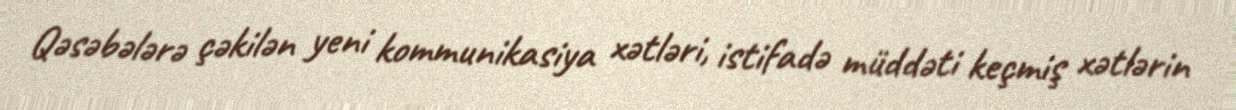
Qəsəbələrə çəkilən yeni kommunikasiya xətləri, istifadə müddəti keçmiş xətlərin